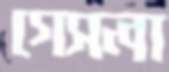
গেসলা